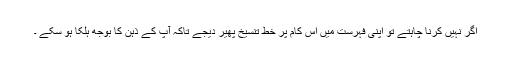
اگر نہیں کرنا چاہتے تو اپنی فہرست میں اس کام پر خطِ تنسیخ پھیر دیجے تاکہ آپ کے ذہن کا بوجھ ہلکا ہو سکے ۔